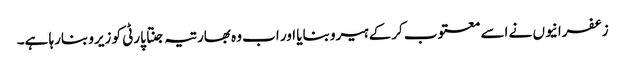
زعفرانیوں نے اسے معتوب کرکے ہیرو بنایا اور اب وہ بھارتیہ جنتا پارٹی کو زیرو بنارہا ہے۔